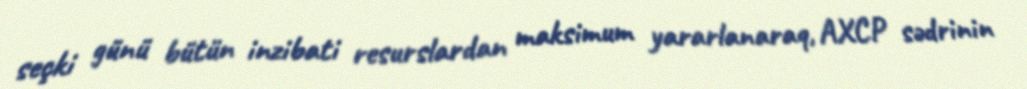
seçki günü bütün inzibati resurslardan maksimum yararlanaraq, AXCP sədrinin